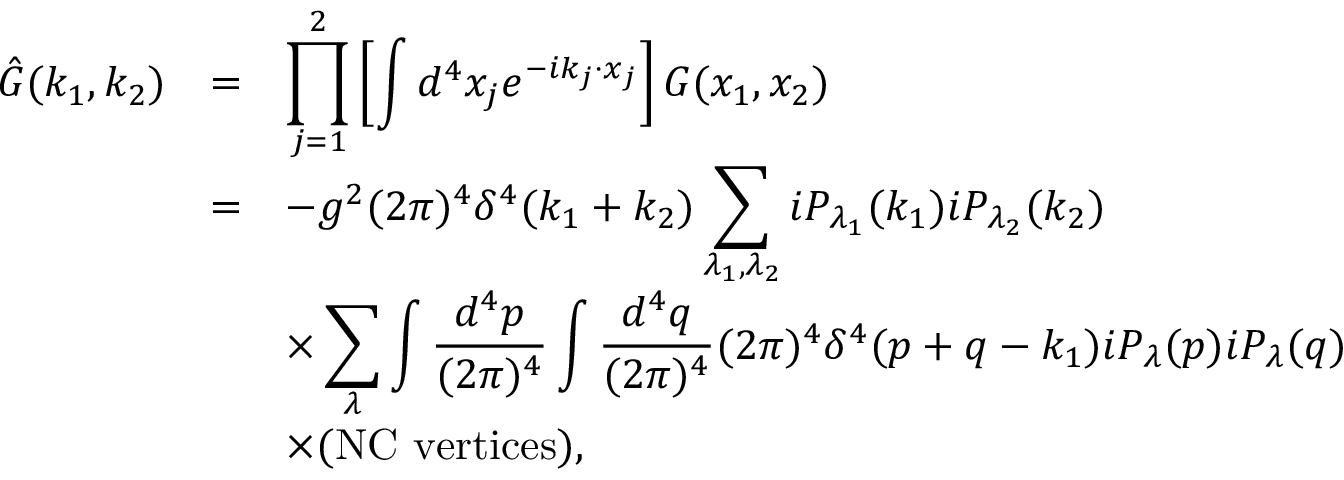
\begin{array} { r c l } { { \hat { G } ( k _ { 1 } , k _ { 2 } ) } } & { { = } } & { { \displaystyle \prod _ { j = 1 } ^ { 2 } \left[ \int d ^ { 4 } x _ { j } e ^ { - i k _ { j } \cdot x _ { j } } \right] G ( x _ { 1 } , x _ { 2 } ) } } \\ { { } } & { { = } } & { { \displaystyle - g ^ { 2 } ( 2 \pi ) ^ { 4 } \delta ^ { 4 } ( k _ { 1 } + k _ { 2 } ) \sum _ { \lambda _ { 1 } , \lambda _ { 2 } } i P _ { \lambda _ { 1 } } ( k _ { 1 } ) i P _ { \lambda _ { 2 } } ( k _ { 2 } ) } } \\ { { } } & { { } } & { { \displaystyle \times \sum _ { \lambda } \int \frac { d ^ { 4 } p } { ( 2 \pi ) ^ { 4 } } \int \frac { d ^ { 4 } q } { ( 2 \pi ) ^ { 4 } } ( 2 \pi ) ^ { 4 } \delta ^ { 4 } ( p + q - k _ { 1 } ) i P _ { \lambda } ( p ) i P _ { \lambda } ( q ) } } \\ { { } } & { { } } & { { \times ( \mathrm { N C ~ v e r t i c e s } ) , } } \end{array}